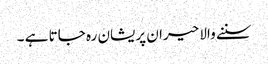
سننے والا حیران پریشان رہ جاتا ہے ۔